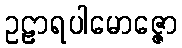
ဥဠာရပါမောဇ္ဇော